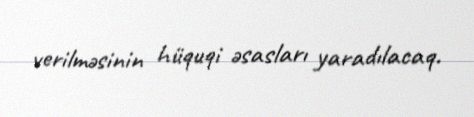
verilməsinin hüquqi əsasları yaradılacaq.